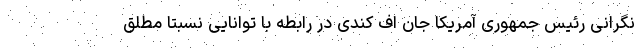
نگرانی رئیس جمهوری آمریکا جان اف کندی در رابطه با توانایی نسبتاً مطلق